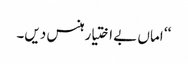
‘‘ اماں بے اختیار ہنس دیں۔